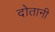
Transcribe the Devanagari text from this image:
दोतानी